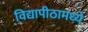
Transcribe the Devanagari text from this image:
विद्यापीठामध्‍ये